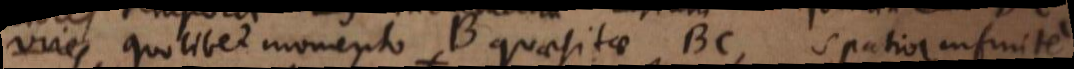
vires quolibet momento B quaesitae BC, spatia infinite